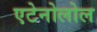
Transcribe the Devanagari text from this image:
एटेनोलोल